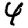
Digit: 4